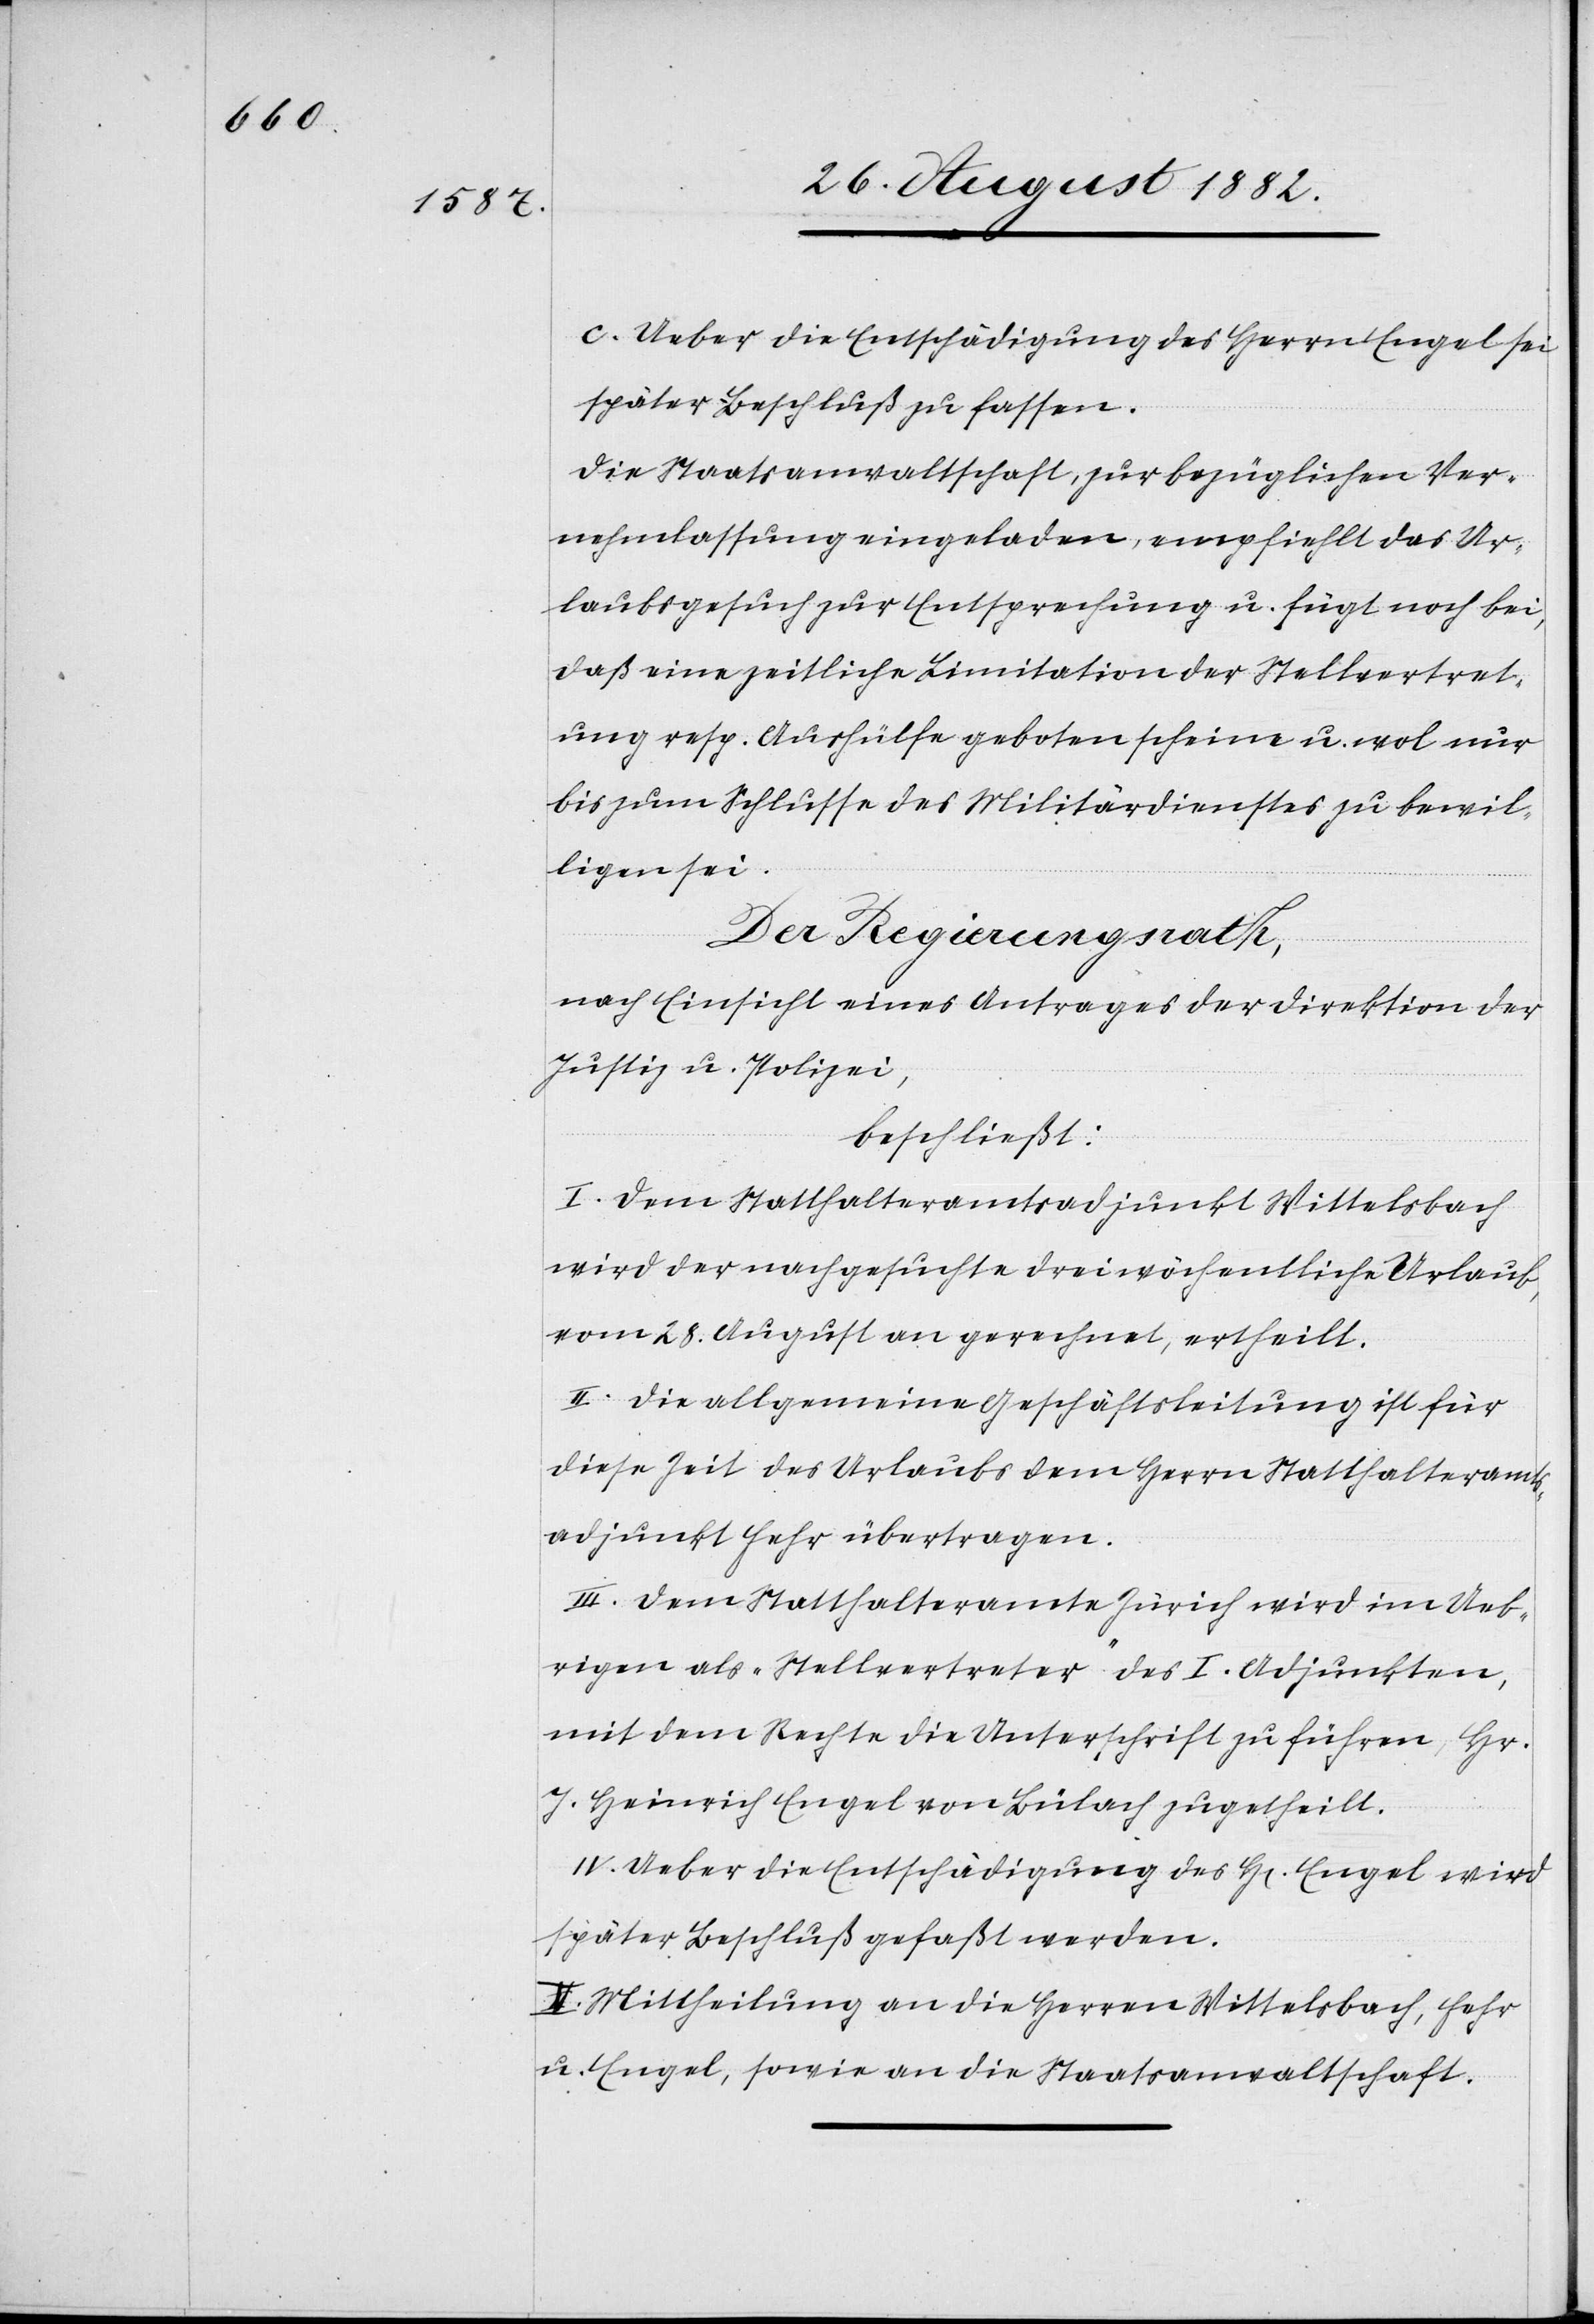
c) Ueber die Entschädigung des Herrn Engel sei
später Beschluß zu fassen.
Die Staatsanwaltschaft, zur bezüglichen Ver¬
nehmlassung eingeladen, empfiehlt das Ur¬
laubsgesuch zur Entsprechung u. fügt noch bei,
daß eine zeitliche Limitation der Stellvertret¬
ung resp. Aushülfe geboten scheine u. wol nur
bis zum Schlusse des Militärdienstes zu bewil¬
ligen sei.
Der Regierungsrath,
nach Einsicht eines Antrages der Direktion der
Justiz & Polizei,
beschließt:
I. Dem Statthalteramtsadjunkt Wittelsbach
wird der nachgesuchte drei wöchentliche Urlaub,
vom 28. August an gerechnet, ertheilt.
II. Die allgemeine Geschäftsleitung ist für
diese Zeit des Urlaubs dem Herrn Statthalteramts¬
adjunkt Fehr übertragen.
III. Dem Statthalteramte Zürich wird im Ueb¬
rigen als „Stellvertreter“ des I. Adjunkten,
mit dem Rechte die Unterschrift zu führen, Hr.
J. Heinrich Engel von Bülach zugetheilt.
IV. Ueber die Entschädigung des H. Engel wird
später Beschluß gefaßt werden.
V. Mittheilung an die Herren Wittelsbach, Fehr
u. Engel, sowie an die Staatsanwaltschaft.